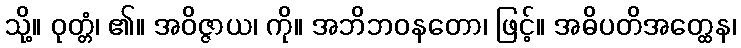
သို့။ ဝုတ္တံ၊ ၏။ အဝိဇ္ဇာယ၊ ကို။ အဘိဘဝနတော၊ ဖြင့်။ အဓိပတိအတ္ထေန၊